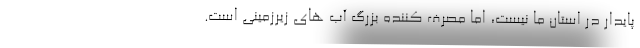
پایدار در استان ما نیست، اما مصرف کننده بزرگ آب های زیرزمینی است.